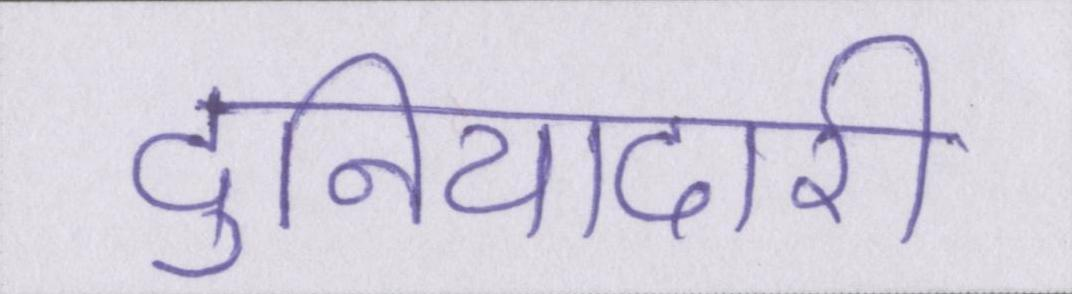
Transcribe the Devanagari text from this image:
दुनियादारी